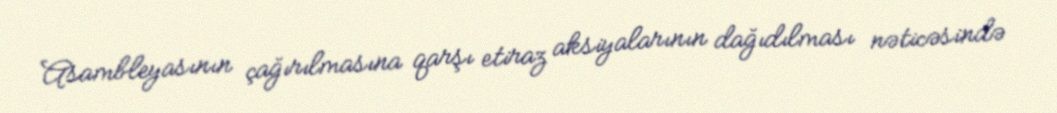
Asambleyasının çağırılmasına qarşı etiraz aksiyalarının dağıdılması nəticəsində